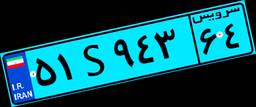
۱۶S۶۳۰۹۳